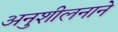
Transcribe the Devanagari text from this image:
अनुशीलनाने